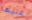
عليها